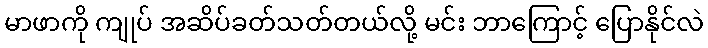
မာဖာကို ကျုပ် အဆိပ်ခတ်သတ်တယ်လို့ မင်း ဘာကြောင့် ပြောနိုင်လဲ